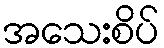
အသေးစိပ်